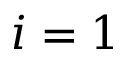
i = 1